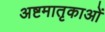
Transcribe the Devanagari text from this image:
अष्टमातृकाओं